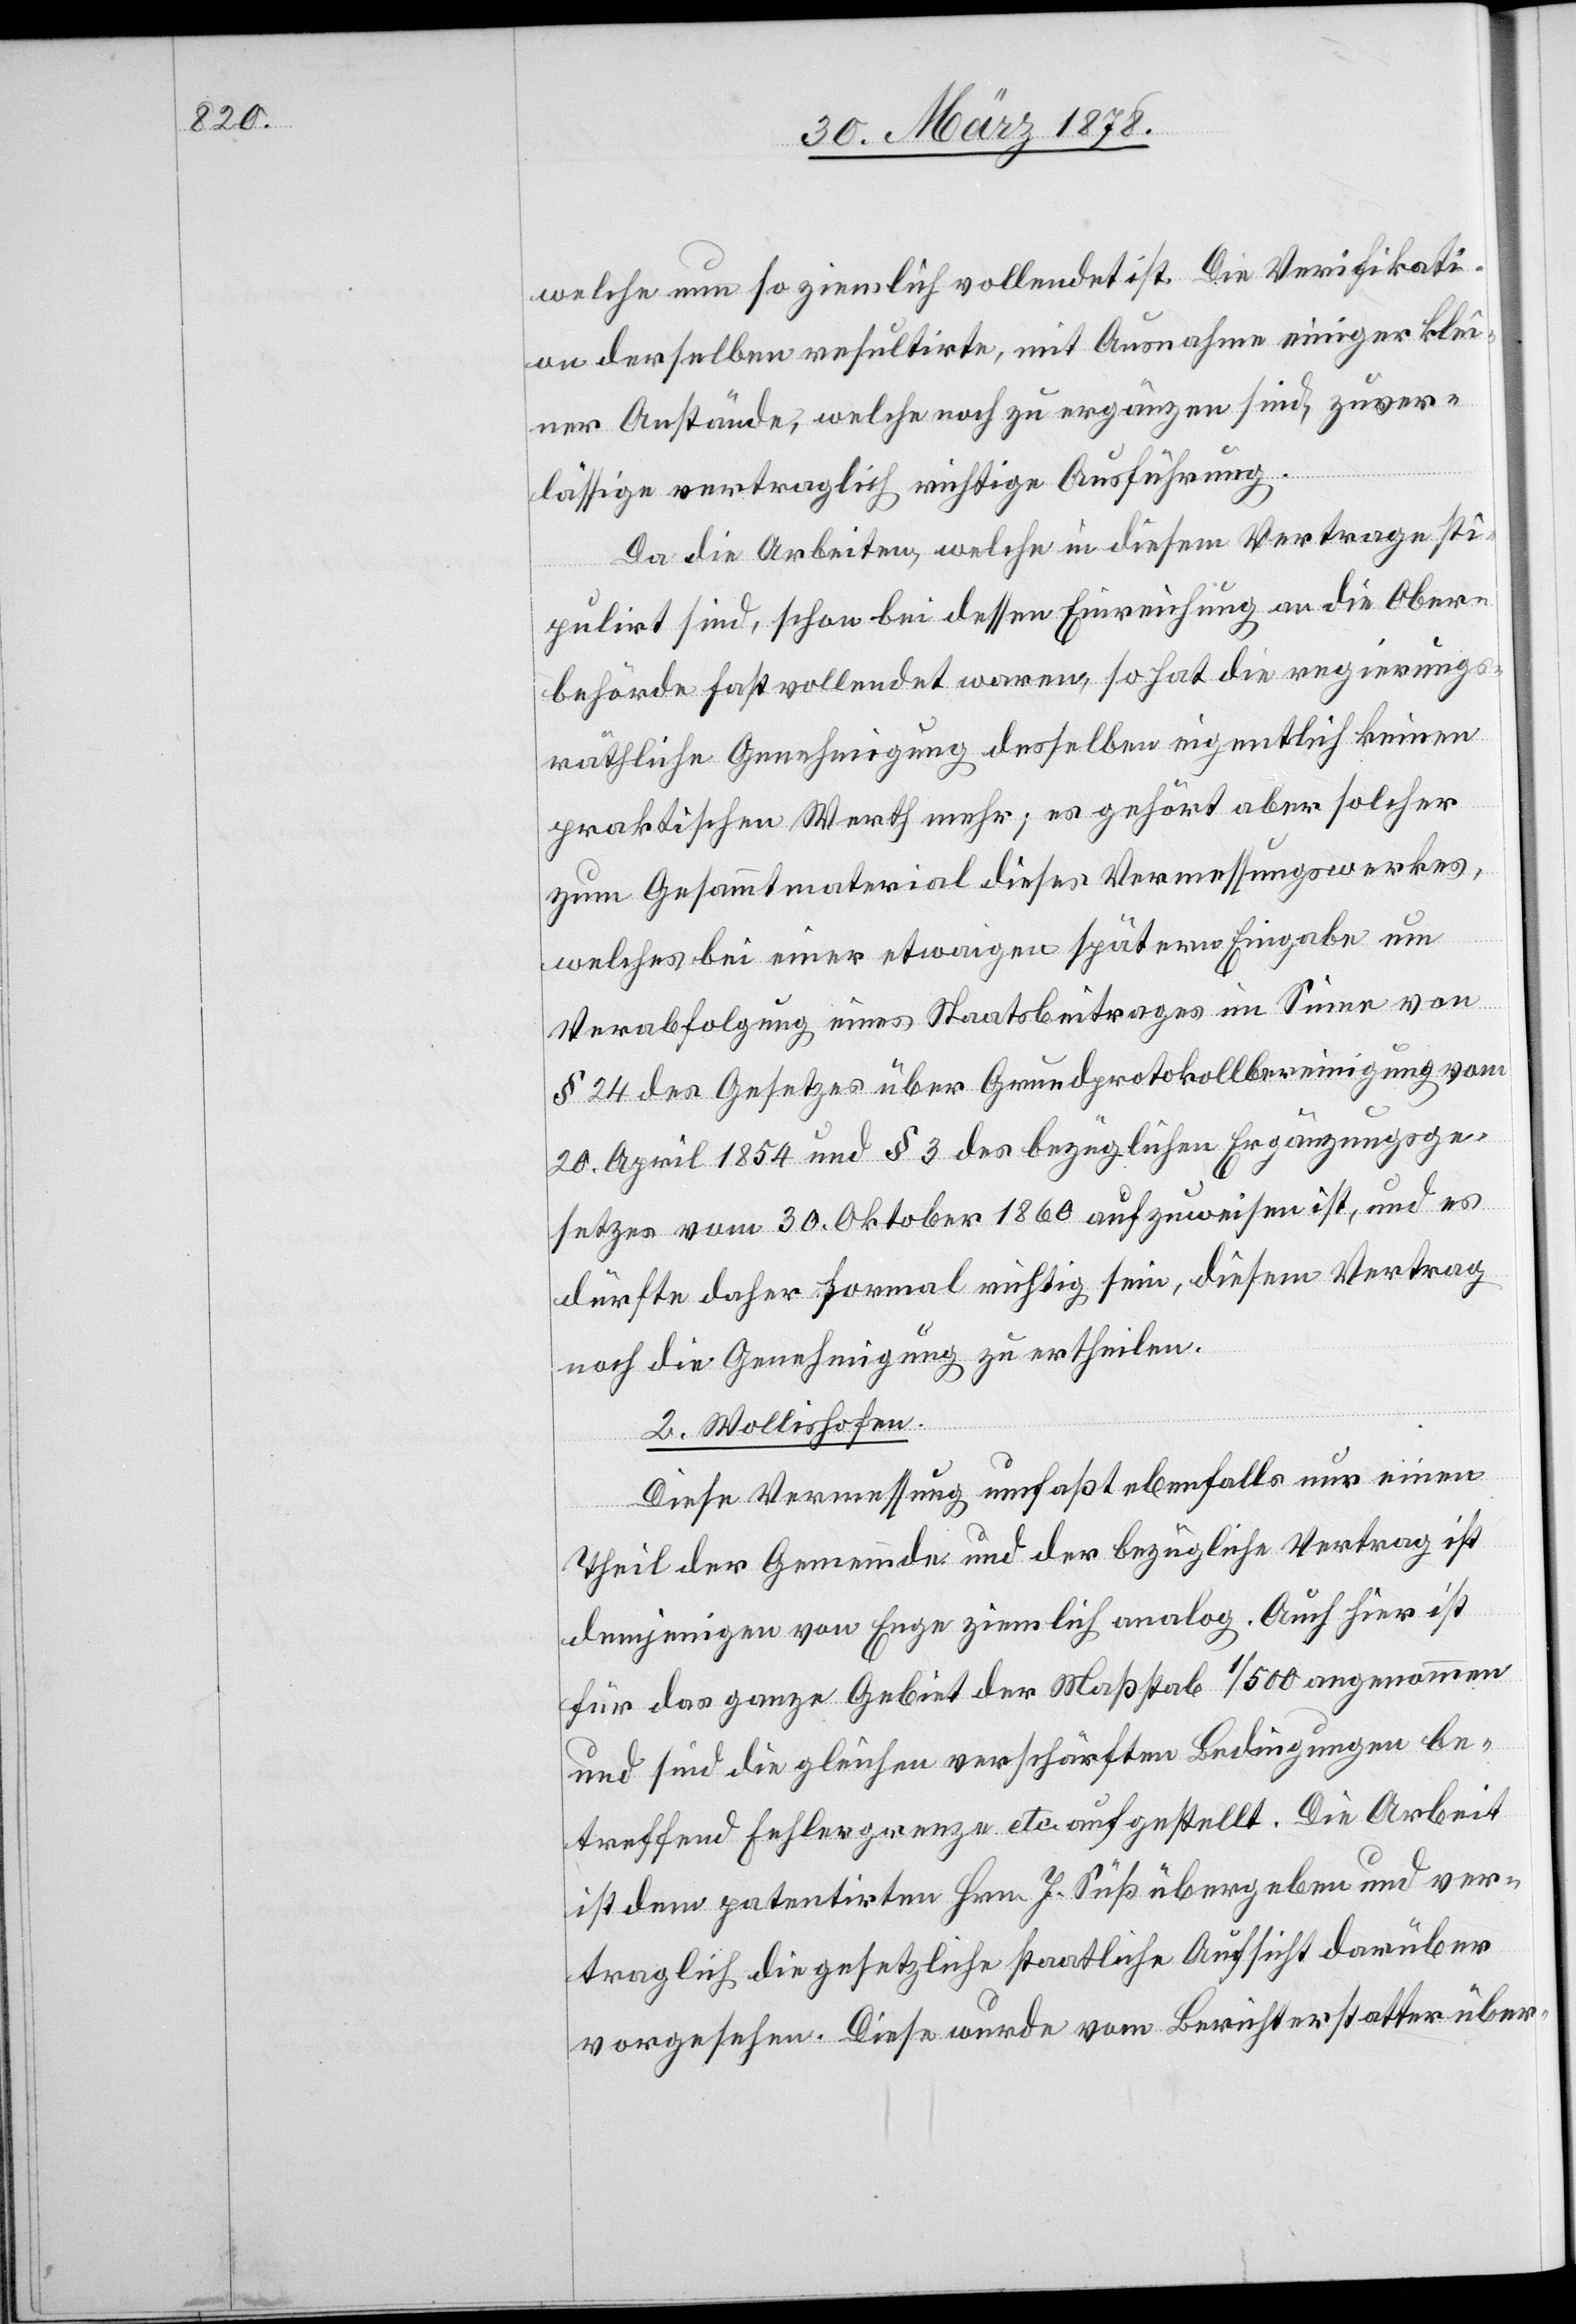
welche nun so ziemlich vollendet ist. Die Verifikati¬
on derselben resultirte, mit Ausnahme einiger klei¬
ner Anstände, welche noch zu ergänzen sind, zuver¬
lässige vertraglich richtige Ausführung.
Da die Arbeiten, welche in diesem Vertrage sti¬
pulirt sind, schon bei dessen Einreichung an die Ober¬
behörde fast vollendet waren, so hat die regierungs¬
räthliche Genehmigung desselben eigentlich keinen
praktischen Werth mehr; es gehört aber solcher
zum Gesammtmaterial dieses Vermessungswerkes,
welches bei einer etwaigen spätern Eingabe um
Verabfolgung eines Staatsbeitrages im Sinne von
§ 24 des Gesetzes über Grundprotokollbereinigung vom
20. April 1854 und § 3 des bezüglichen Ergänzungsge¬
setzes vom 30. Oktober 1860 aufzuweisen ist, und es
dürfte daher formal richtig sein, diesem Vertrag
noch die Genehmigung zu ertheilen.
2. Wollishofen.
Diese Vermessung umfasst ebenfalls nur einen
Theil der Gemeinde und der bezügliche Vertrag ist
demjenigen von Enge ziemlich analog. Auch hier ist
für das ganze Gebiet der Maßstab 1/500 angenommen
und sind die gleichen verschärften Bedingungen be¬
treffend Fehlergrenze etc. aufgestellt. Die Arbeit
ist dem patentirten Hrn. J. Süß übergeben und ver¬
traglich die gesetzliche staatliche Aufsicht darüber
vorgesehen. Diese wurde vom Berichterstatter über-